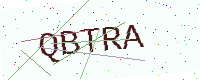
Text: QBTRA